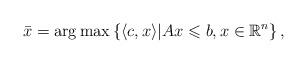
LaTeX: \begin{align*}\bar x = \arg\max \left\{ \left\langle c,x \right\rangle \middle| Ax \leqslant b, x \in \mathbb{R}^n \right\},\end{align*}